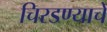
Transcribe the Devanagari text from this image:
चिरडण्‍याचे